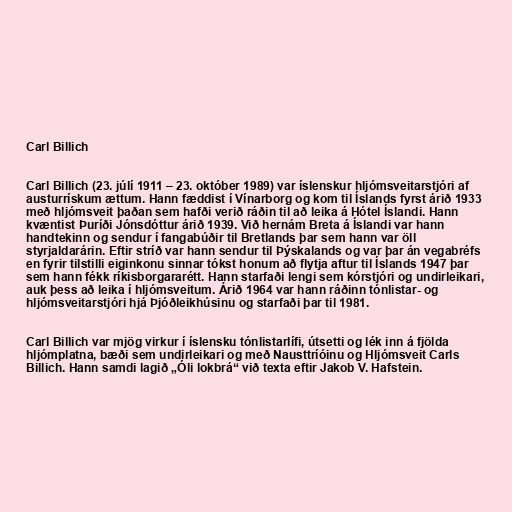
Carl Billich

Carl Billich (23. júlí 1911 – 23. október 1989) var íslenskur hljómsveitarstjóri af
austurrískum ættum. Hann fæddist í Vínarborg og kom til Íslands fyrst árið 1933
með hljómsveit þaðan sem hafði verið ráðin til að leika á Hótel Íslandi. Hann
kvæntist Þuríði Jónsdóttur árið 1939. Við hernám Breta á Íslandi var hann
handtekinn og sendur í fangabúðir til Bretlands þar sem hann var öll
styrjaldarárin. Eftir stríð var hann sendur til Þýskalands og var þar án vegabréfs
en fyrir tilstilli eiginkonu sinnar tókst honum að flytja aftur til Íslands 1947 þar
sem hann fékk ríkisborgararétt. Hann starfaði lengi sem kórstjóri og undirleikari,
auk þess að leika í hljómsveitum. Árið 1964 var hann ráðinn tónlistar- og
hljómsveitarstjóri hjá Þjóðleikhúsinu og starfaði þar til 1981.

Carl Billich var mjög virkur í íslensku tónlistarlífi, útsetti og lék inn á fjölda
hljómplatna, bæði sem undirleikari og með Nausttríóinu og Hljómsveit Carls
Billich. Hann samdi lagið „Óli lokbrá“ við texta eftir Jakob V. Hafstein.